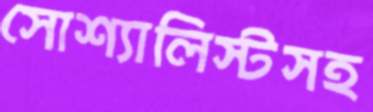
সোশ্যালিস্টসহ